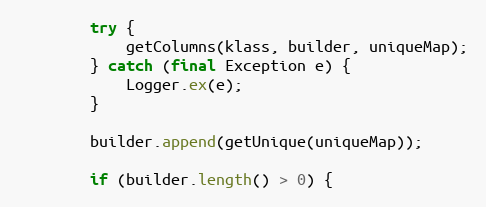
Language: Java
		try {
			getColumns(klass, builder, uniqueMap);
		} catch (final Exception e) {
			Logger.ex(e);
		}

		builder.append(getUnique(uniqueMap));

		if (builder.length() > 0) {